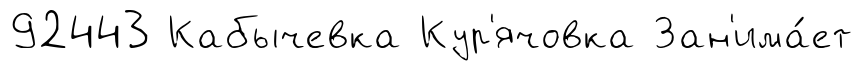
92443 Кабычевка Кур'ячовка Зан'има́ет